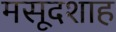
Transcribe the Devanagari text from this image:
मसूदशाह